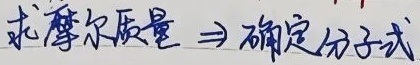
求摩尔质量 $\Rightarrow$ 确定分子式